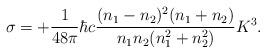
LaTeX: \begin{align*}\sigma = +{1\over48\pi} \hbar c {(n_1-n_2)^2 (n_1+n_2)\over n_1 n_2 (n_1^2+n_2^2)} K^3.\end{align*}